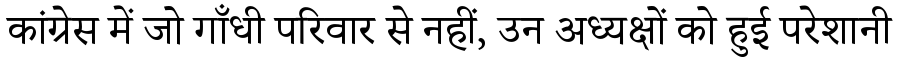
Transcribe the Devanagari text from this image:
कांग्रेस में जो गाँधी परिवार से नहीं, उन अध्यक्षों को हुई परेशानी